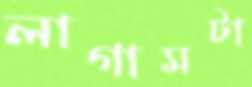
লাগামটা